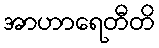
အာဟာရေတီတိ